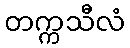
တက္ကသီလံ